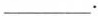
___.